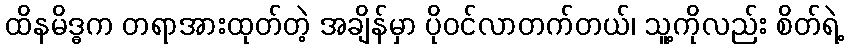
ထိနမိဒ္ဓက တရာအားထုတ်တဲ့ အချိန်မှာ ပိုဝင်လာတက်တယ်၊ သူ့ကိုလည်း စိတ်ရဲ့